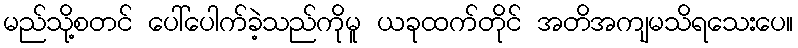
မည်သို့စတင် ပေါ်ပေါက်ခဲ့သည်ကိုမူ ယခုထက်တိုင် အတိအကျမသိရသေးပေ။